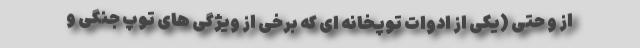
از و حتی (یکی از ادوات توپخانه ای که برخی از ویژگی های توپ جنگی و